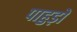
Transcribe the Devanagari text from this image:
पाहुड़ों